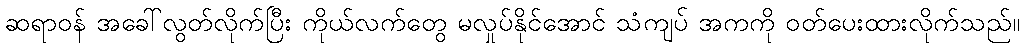
ဆရာဝန် အခေါ်လွတ်လိုက်ပြီး ကိုယ်လက်တွေ မလှုပ်နိုင်အောင် သံကျပ် အကကို ဝတ်ပေးထားလိုက်သည်။